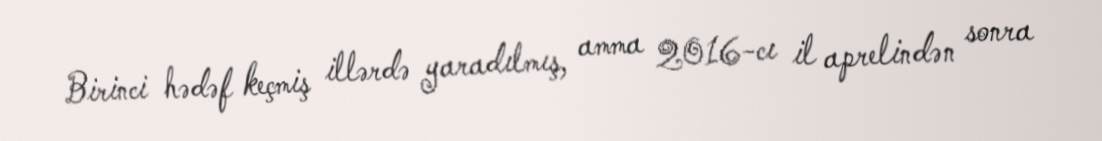
Birinci hədəf keçmiş illərdə yaradılmış, amma 2016-cı il aprelindən sonra